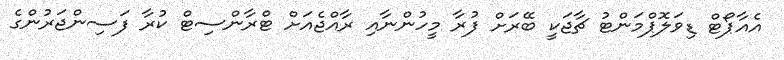
އެއާޕޯޓް ޑިވަލޮޕްމަންޓު ޗާޖަކީ ބޭރަށް ފުރާ މީހުންނާއި ރާއްޖެއަށް ޓްރާންސިޓް ކުރާ ފަސިންޖަރުންގެ